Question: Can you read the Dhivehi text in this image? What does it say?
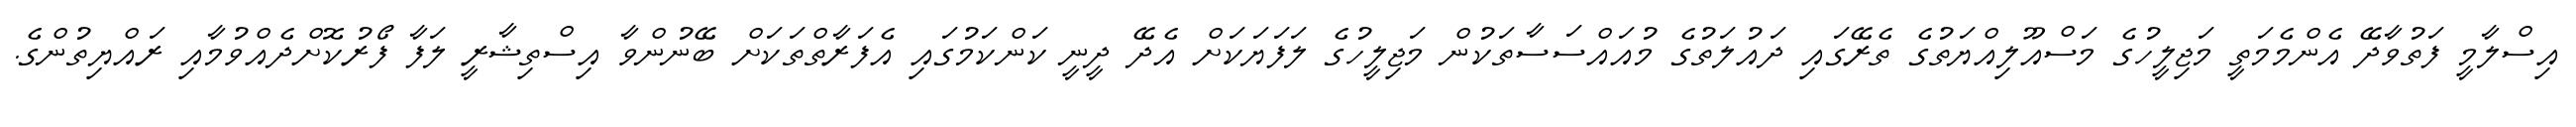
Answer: އިސްލާމީ ފަތުވާދޭ އެންމެމަތީ މަޖިލީހުގެ މަސްއޫލިއްޔަތުގެ ތެރޭގައި ދައުލަތުގެ މުއައްސަސާތަކުން މަޖިލީހުގެ ލަފަޔަކަށް އެދޭ ދީނީ ކަންކަމުގައި އެފަރާތްތަކަށް ބޭނުންވާ އިސްތިޝާރީ ލަފާ ފޯރުކޮށްދެއްވުމާއި ރައްޔިތުންގެ.